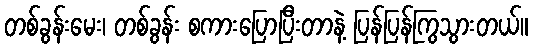
တစ်ခွန်းမေး၊ တစ်ခွန်း စကားပြောပြီးတာနဲ့ ပြန်ပြန်ကြွသွားတယ်။